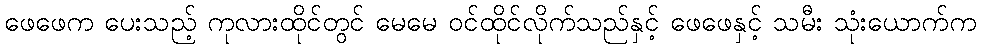
ဖေဖေက ပေးသည့် ကုလားထိုင်တွင် မေမေ ဝင်ထိုင်လိုက်သည်နှင့် ဖေဖေနှင့် သမီး သုံးယောက်က